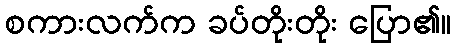
စကားလက်က ခပ်တိုးတိုး ပြော၏။